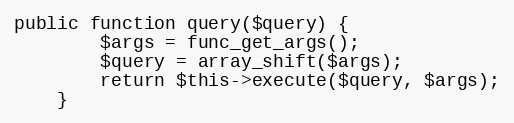
Language: PHP
public function query($query) {
		$args = func_get_args();
		$query = array_shift($args);
		return $this->execute($query, $args);
	}